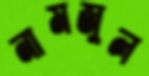
নামজুল